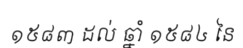
១៥៨៣ ដល់ ឆ្នាំ ១៥៨៤ នៃ